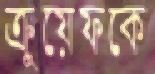
ক্রুয়েফকে